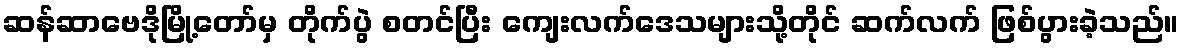
ဆန်ဆာဗေဒိုမြို့တော်မှ တိုက်ပွဲ စတင်ပြီး ကျေးလက်ဒေသများသို့တိုင် ဆက်လက် ဖြစ်ပွားခဲ့သည်။